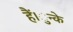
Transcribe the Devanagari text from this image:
हैं।ुन्के